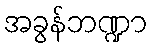
အခွန်ဘဏ္ဍာ